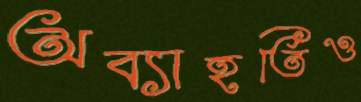
অব্যাহতিও